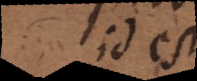
id est